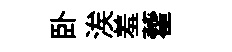
卧涘羞藿